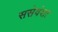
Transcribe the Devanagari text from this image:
ससेवंशा